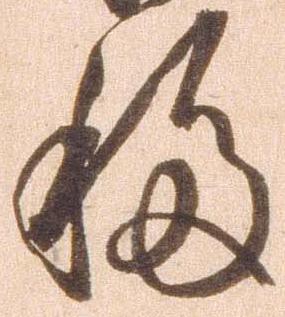
移